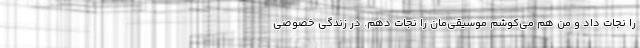
را نجات داد و من هم می‌کوشم موسیقی‌مان را نجات دهم. در زندگی خصوصی